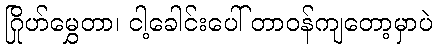
ဂြိုဟ်မွှေတာ၊ ငါ့ခေါင်းပေါ် တာဝန်ကျတော့မှာပဲ